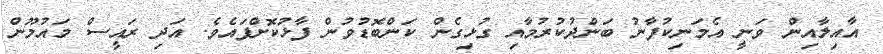
އާއިލާއިން ވަނީ އެމަނިކުފާނު ބަންދުކުރުމާއި ގުޅިގެން ކަންބޮޑުވުން ފާޅުކޮށްފައެވެ. އަދި ރައީސް މައުމޫން